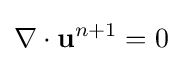
\nabla \cdot \mathbf {u} ^{n+1}=0